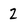
Character: 2